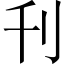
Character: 刋